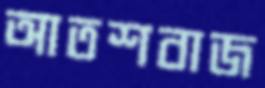
আতশবাজ